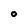
Character: O